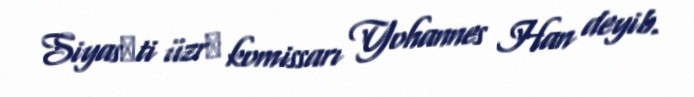
Siyasәti üzrә komissarı Yohannes Han deyib.